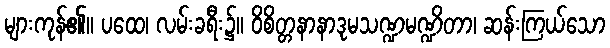
များကုန်၏။ ပထေ၊ လမ်းခရီး၌။ ဝိစိတ္တနာနာဒုမသဏ္ဍမဏ္ဍိတာ၊ ဆန်းကြယ်သော